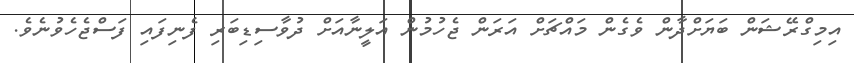
އިމިގްރޭޝަން ބަޔަށްދާން ވެގެން މައްޗަށް އަރަން ޖެހުމުން އަލީނާއަށް ދުވާސިޑިބަރި ފެނިފައި ފަސްޖެހެވުނެވެ.